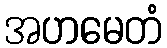
အဟမေတံ